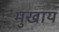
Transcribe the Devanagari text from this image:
मुखाय